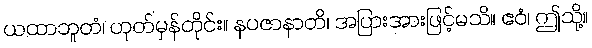
ယထာဘူတံ၊ ဟုတ်မှန်တိုင်း။ နပဇာနာတိ၊ အပြားအားဖြင့်မသိ။ ဧဝံ၊ ဤသို့။